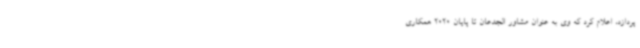
‌پردازد، اعلام کرد که وی به عنوان مشاور الجدعان تا پایان 2020 همکاری